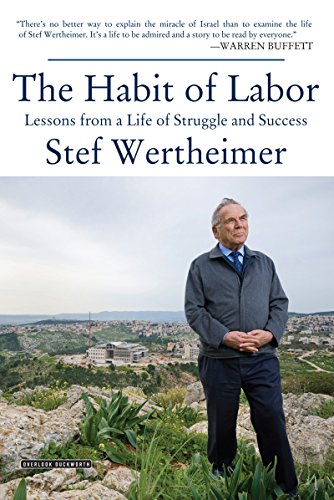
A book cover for Habit of Labor: Lessons from a Life of Struggle and Success; Stef Wertheimer; Biographies & Memoirs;